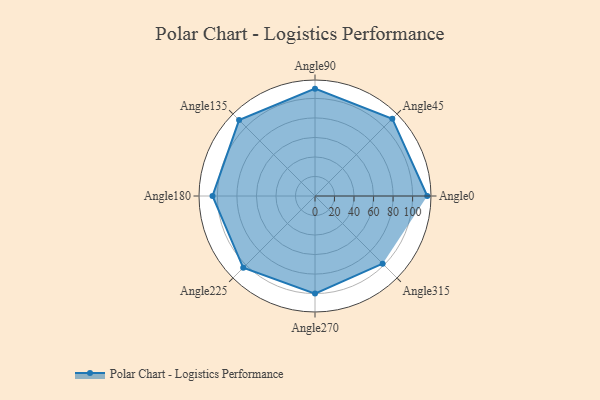
{"axis": {"x": "Angle", "y": "Radius"}, "legend": [""], "data": [{"x": "Angle0", "y": 115.0, "type": ""}, {"x": "Angle45", "y": 112.0, "type": ""}, {"x": "Angle90", "y": 110.0, "type": ""}, {"x": "Angle135", "y": 110.0, "type": ""}, {"x": "Angle180", "y": 105.0, "type": ""}, {"x": "Angle225", "y": 104.0, "type": ""}, {"x": "Angle270", "y": 100.0, "type": ""}, {"x": "Angle315", "y": 98.0, "type": ""}]}